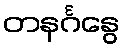
တနင်္ဂနွေ